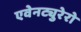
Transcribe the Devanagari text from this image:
एवेनट्युरेरो